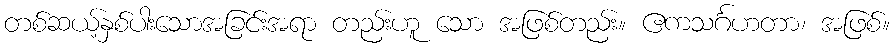
တစ်ဆယ့်နှစ်ပါးသောအခြင်းအရာ တည်းဟူ သော အဖြစ်တည်း။ ဧကသင်္ဂဟတာ၊ အဖြစ်။